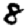
Digit: 8